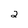
Character: 2